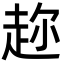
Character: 趂